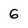
Character: 6